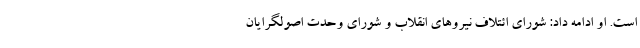
است. او ادامه داد: شورای ائتلاف نیروهای انقلاب و شورای وحدت اصولگرایان